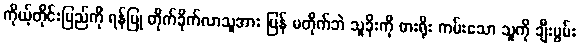
ကိုယ့်တိုင်းပြည်ကို ရန်ပြု တိုက်ခိုက်လာသူအား ပြန် မတိုက်ဘဲ သူခိုးကို ဓားရိုး ကမ်းသော သူကို ချီးမွမ်း